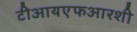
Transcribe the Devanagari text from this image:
टीआयएफआरशी